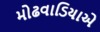
મોઢવાડિયાએ